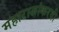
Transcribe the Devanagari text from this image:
महाराजांकरवी